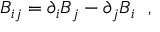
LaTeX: B _ { i j } = \partial _ { i } B _ { j } - \partial _ { j } B _ { i } ~ ~ ,